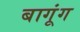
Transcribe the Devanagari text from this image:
बागूंग